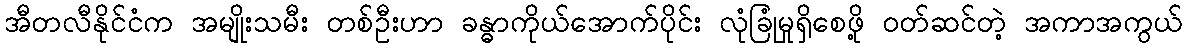
အီတလီနိုင်ငံက အမျိုးသမီး တစ်ဦးဟာ ခန္ဓာကိုယ်အောက်ပိုင်း လုံခြုံမှုရှိစေဖို့ ဝတ်ဆင်တဲ့ အကာအကွယ်